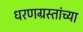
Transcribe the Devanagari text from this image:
धरणग्रस्तांच्या